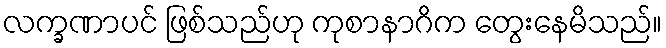
လက္ခဏာပင် ဖြစ်သည်ဟု ကုစာနာဂိက တွေးနေမိသည်။